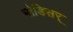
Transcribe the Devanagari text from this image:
भोडिसर्